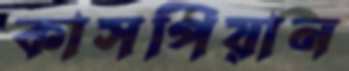
কাসপিয়ান